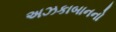
અઝકાબાનનો